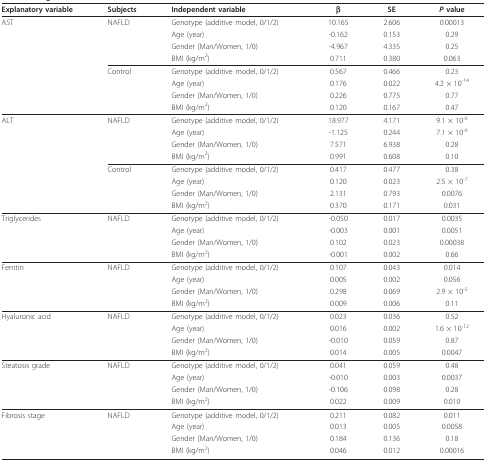
<table><thead><tr><td><b>Explanatory variable</b></td><td><b>Subjects</b></td><td><b>Independent variable</b></td><td><b>β</b></td><td><b>SE</b></td><td><b><i>P </i>value</b></td></tr></thead><tbody><tr><td>AST</td><td>NAFLD</td><td>Genotype (additive model, 0/1/2)</td><td>10.165</td><td>2.606</td><td>0.00013</td></tr><tr><td></td><td></td><td>Age (year)</td><td>-0.162</td><td>0.153</td><td>0.29</td></tr><tr><td></td><td></td><td>Gender (Man/Women, 1/0)</td><td>-4.967</td><td>4.335</td><td>0.25</td></tr><tr><td></td><td></td><td>BMI (kg/m<sup>2</sup>)</td><td>0.711</td><td>0.380</td><td>0.063</td></tr><tr><td></td><td>Control</td><td>Genotype (additive model, 0/1/2)</td><td>0.567</td><td>0.466</td><td>0.23</td></tr><tr><td></td><td></td><td>Age (year)</td><td>0.176</td><td>0.022</td><td>4.2 × 10<sup>-14</sup></td></tr><tr><td></td><td></td><td>Gender (Man/Women, 1/0)</td><td>0.226</td><td>0.775</td><td>0.77</td></tr><tr><td></td><td></td><td>BMI (kg/m<sup>2</sup>)</td><td>0.120</td><td>0.167</td><td>0.47</td></tr><tr><td>ALT</td><td>NAFLD</td><td>Genotype (additive model, 0/1/2)</td><td>18.977</td><td>4.171</td><td>9.1 × 10<sup>-6</sup></td></tr><tr><td></td><td></td><td>Age (year)</td><td>-1.125</td><td>0.244</td><td>7.1 × 10<sup>-6</sup></td></tr><tr><td></td><td></td><td>Gender (Man/Women, 1/0)</td><td>7.571</td><td>6.938</td><td>0.28</td></tr><tr><td></td><td></td><td>BMI (kg/m<sup>2</sup>)</td><td>0.991</td><td>0.608</td><td>0.10</td></tr><tr><td></td><td>Control</td><td>Genotype (additive model, 0/1/2)</td><td>0.417</td><td>0.477</td><td>0.38</td></tr><tr><td></td><td></td><td>Age (year)</td><td>0.120</td><td>0.023</td><td>2.5 × 10<sup>-7</sup></td></tr><tr><td></td><td></td><td>Gender (Man/Women, 1/0)</td><td>2.131</td><td>0.793</td><td>0.0076</td></tr><tr><td></td><td></td><td>BMI (kg/m<sup>2</sup>)</td><td>0.370</td><td>0.171</td><td>0.031</td></tr><tr><td>Triglycerides</td><td>NAFLD</td><td>Genotype (additive model, 0/1/2)</td><td>-0.050</td><td>0.017</td><td>0.0035</td></tr><tr><td></td><td></td><td>Age (year)</td><td>-0.003</td><td>0.001</td><td>0.0051</td></tr><tr><td></td><td></td><td>Gender (Man/Women, 1/0)</td><td>0.102</td><td>0.023</td><td>0.00038</td></tr><tr><td></td><td></td><td>BMI (kg/m<sup>2</sup>)</td><td>-0.001</td><td>0.002</td><td>0.66</td></tr><tr><td>Ferritin</td><td>NAFLD</td><td>Genotype (additive model, 0/1/2)</td><td>0.107</td><td>0.043</td><td>0.014</td></tr><tr><td></td><td></td><td>Age (year)</td><td>0.005</td><td>0.002</td><td>0.056</td></tr><tr><td></td><td></td><td>Gender (Man/Women, 1/0)</td><td>0.298</td><td>0.069</td><td>2.9 × 10<sup>-5</sup></td></tr><tr><td></td><td></td><td>BMI (kg/m<sup>2</sup>)</td><td>0.009</td><td>0.006</td><td>0.11</td></tr><tr><td>Hyaluronic acid</td><td>NAFLD</td><td>Genotype (additive model, 0/1/2)</td><td>0.023</td><td>0.036</td><td>0.52</td></tr><tr><td></td><td></td><td>Age (year)</td><td>0.016</td><td>0.002</td><td>1.6 × 10<sup>-12</sup></td></tr><tr><td></td><td></td><td>Gender (Man/Women, 1/0)</td><td>-0.010</td><td>0.059</td><td>0.87</td></tr><tr><td></td><td></td><td>BMI (kg/m<sup>2</sup>)</td><td>0.014</td><td>0.005</td><td>0.0047</td></tr><tr><td>Steatosis grade</td><td>NAFLD</td><td>Genotype (additive model, 0/1/2)</td><td>0.041</td><td>0.059</td><td>0.48</td></tr><tr><td></td><td></td><td>Age (year)</td><td>-0.010</td><td>0.003</td><td>0.0037</td></tr><tr><td></td><td></td><td>Gender (Man/Women, 1/0)</td><td>-0.106</td><td>0.098</td><td>0.28</td></tr><tr><td></td><td></td><td>BMI (kg/m<sup>2</sup>)</td><td>0.022</td><td>0.009</td><td>0.010</td></tr><tr><td>Fibrosis stage</td><td>NAFLD</td><td>Genotype (additive model, 0/1/2)</td><td>0.211</td><td>0.082</td><td>0.011</td></tr><tr><td></td><td></td><td>Age (year)</td><td>0.013</td><td>0.005</td><td>0.0058</td></tr><tr><td></td><td></td><td>Gender (Man/Women, 1/0)</td><td>0.184</td><td>0.136</td><td>0.18</td></tr><tr><td></td><td></td><td>BMI (kg/m<sup>2</sup>)</td><td>0.046</td><td>0.012</td><td>0.00016</td></tr></tbody></table>